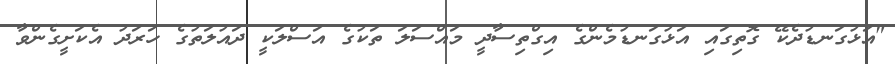
"އަޅުގަނޑުދެކޭ ގޮތިގައި އަޅުގަނޑުމެންގެ އިގްތިސާދީ މައްސަލަ ތަކުގެ އަސްލަކީ ދައުލަތުގެ ހަރަދު އެކަށީގެންވާ